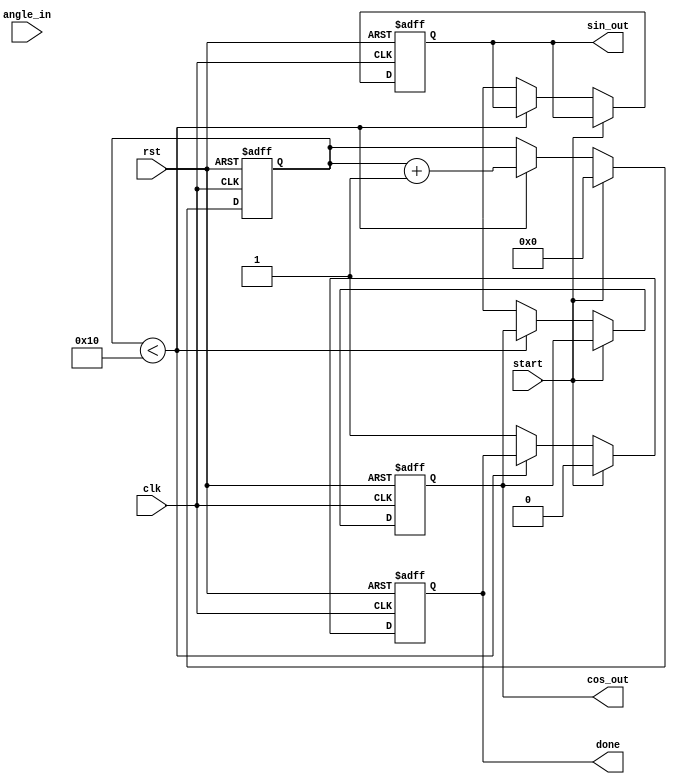
module cordic (
    input wire clk,
    input wire rst,
    input wire [31:0] angle_in, // Input angle in fixed-point representation
    input wire start,
    output reg [31:0] cos_out,
    output reg [31:0] sin_out,
    output reg done
);

    parameter NUM_ITERATIONS = 16; // Number of iterations
    reg [31:0] x [0:NUM_ITERATIONS-1]; // x values
    reg [31:0] y [0:NUM_ITERATIONS-1]; // y values
    reg [31:0] z [0:NUM_ITERATIONS-1]; // z values
    reg [31:0] angle_table [0:NUM_ITERATIONS-1]; // Lookup table for arctan values
    reg [3:0] iteration; // Current iteration counter

    // Scaling factor for CORDIC
    parameter SCALING_FACTOR = 32'h26DD3B6A; // Approximation of 1/sqrt(2^n)

    // Initialize angle lookup table
    initial begin
        angle_table[0] = 32'h3F19999A; // atan(1)
        angle_table[1] = 32'h3E4CCCCD; // atan(0.5)
        angle_table[2] = 32'h3D99999A; // atan(0.25)
        // ... Fill in the rest of the table for required iterations
        angle_table[NUM_ITERATIONS-1] = 32'h0; // atan(0)
    end

    // Control logic
    always @(posedge clk or posedge rst) begin
        if (rst) begin
            iteration <= 0;
            cos_out <= 32'h0;
            sin_out <= 32'h0;
            done <= 1'b0;
        end else if (start) begin
            // Initialize x and y for CORDIC
            x[0] <= SCALING_FACTOR; // Starting x = K
            y[0] <= 32'h0;          // Starting y = 0
            z[0] <= angle_in;      // Input angle
            iteration <= 0;
            done <= 1'b0;
        end else if (iteration < NUM_ITERATIONS) begin
            // CORDIC rotation logic
            if (z[iteration] < 0) begin
                // Rotate counter-clockwise
                x[iteration + 1] <= x[iteration] + (y[iteration] >> iteration);
                y[iteration + 1] <= y[iteration] - (x[iteration] >> iteration);
                z[iteration + 1] <= z[iteration] + angle_table[iteration];
            end else begin
                // Rotate clockwise
                x[iteration + 1] <= x[iteration] - (y[iteration] >> iteration);
                y[iteration + 1] <= y[iteration] + (x[iteration] >> iteration);
                z[iteration + 1] <= z[iteration] - angle_table[iteration];
            end
            iteration <= iteration + 1;
        end else begin
            // Final output after all iterations
            cos_out <= x[NUM_ITERATIONS];
            sin_out <= y[NUM_ITERATIONS];
            done <= 1'b1;
        end
    end

endmodule